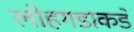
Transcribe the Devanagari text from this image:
लोहगडाकडे